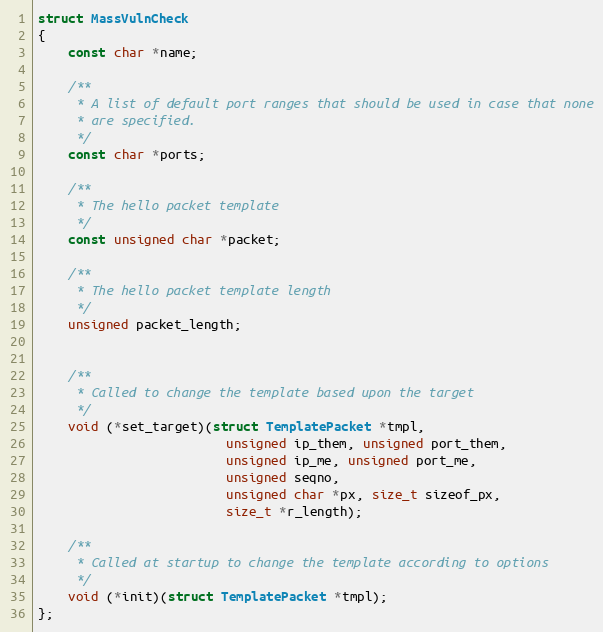
Language: C
struct MassVulnCheck
{
    const char *name;

    /**
     * A list of default port ranges that should be used in case that none
     * are specified.
     */
    const char *ports;

    /**
     * The hello packet template
     */
    const unsigned char *packet;

    /**
     * The hello packet template length
     */
    unsigned packet_length;

    /**
     * Called to change the template based upon the target
     */
    void (*set_target)(struct TemplatePacket *tmpl,
                         unsigned ip_them, unsigned port_them,
                         unsigned ip_me, unsigned port_me,
                         unsigned seqno,
                         unsigned char *px, size_t sizeof_px,
                         size_t *r_length);

    /**
     * Called at startup to change the template according to options
     */
    void (*init)(struct TemplatePacket *tmpl);
};